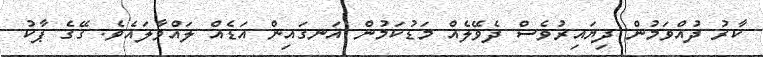
ކާރު ދުއްވަމުން ދިޔައިރުވެސް ދެވޭލެއް މަޑުކަމުން އަނގައިން އަޑެއް ލައްވާލައެވެ. ގޭގެ ޕާކު